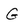
Character: G